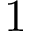
1